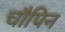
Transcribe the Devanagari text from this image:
चौपिन